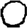
Digit: 0